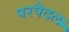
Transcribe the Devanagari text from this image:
परपैदल